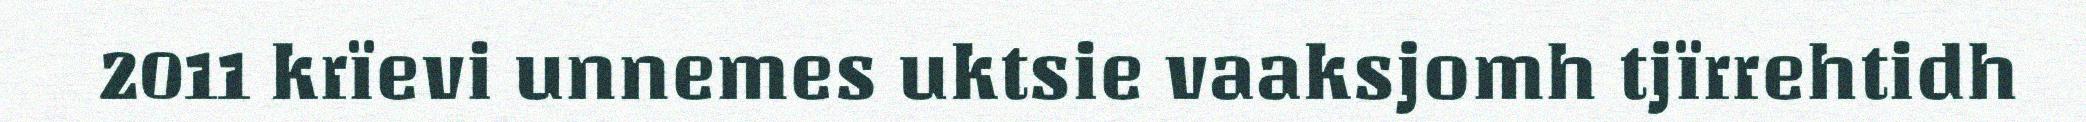
2011 krïevi unnemes uktsie vaaksjomh tjïrrehtidh